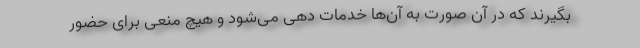
بگیرند که در آن صورت به آن‌ها خدمات دهی می‌شود و هیچ منعی برای حضور